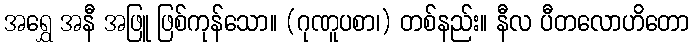
အရွှေ အနီ အဖြူ ဖြစ်ကုန်သော။ (ဂုဏူပစာ၊) တစ်နည်း။ နီလ ပီတလောဟိတော